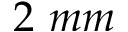
2 ~ m m